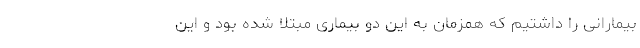
بیمارانی را داشتیم که همزمان به این دو بیماری مبتلا شده بود و این